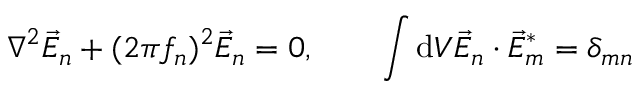
\nabla ^ { 2 } \vec { E } _ { n } + ( 2 \pi f _ { n } ) ^ { 2 } \vec { E } _ { n } = 0 , \qquad \int \mathrm { d } V \vec { E } _ { n } \cdot \vec { E } _ { m } ^ { * } = \delta _ { m n }